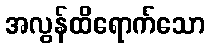
အလွန်ထိရောက်သော